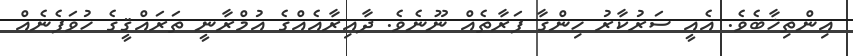
އިންތިޚާބެވެ. އެއީ ސަރުކާރު ހިންގާ ފަރާތެއް ނޫނެވެ. ދާއިރާއެއްގެ އުމްރާނީ ތަރައްޤީގެ ހުވަފެނެއް